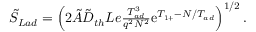
\begin{array} { r } { \tilde { S } _ { L a d } = \left( 2 \tilde { A } \tilde { D } _ { t h } L e \frac { T _ { a d } ^ { 3 } } { q ^ { 2 } N ^ { 2 } } \mathrm { e } ^ { T _ { 1 + } - N / T _ { a d } } \right) ^ { 1 / 2 } . } \end{array}